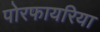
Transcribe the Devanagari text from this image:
पोरफायरिया